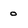
Character: 0